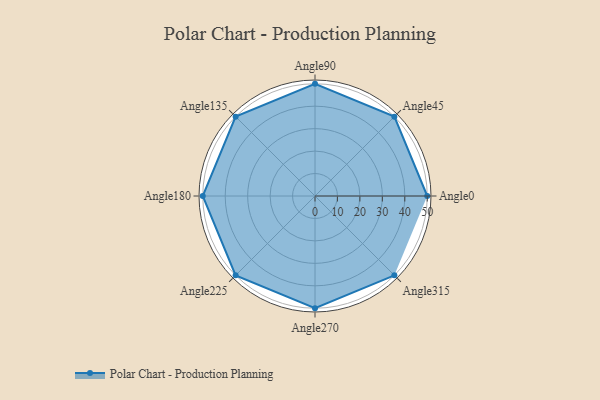
{"axis": {"x": "Angle", "y": "Radius"}, "legend": [""], "data": [{"x": "Angle0", "y": 50, "type": ""}, {"x": "Angle45", "y": 50, "type": ""}, {"x": "Angle90", "y": 50, "type": ""}, {"x": "Angle135", "y": 50, "type": ""}, {"x": "Angle180", "y": 50, "type": ""}, {"x": "Angle225", "y": 50, "type": ""}, {"x": "Angle270", "y": 50, "type": ""}, {"x": "Angle315", "y": 50, "type": ""}]}